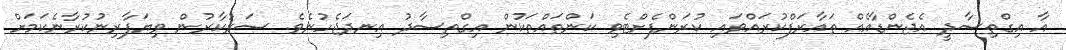
އާ އިގްތިސާދީ އެޖެންޑާއެއް ތައާރަފްކުރައްވައި ކުރަންފެށްޓެވި ކަންތައްތަކުން އިގްތިސާދު އިނދަޖެހުނެވެ. ސަރުކާރުން ވިޔަފާރިނުކުރާނެކަމަށް